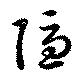
隠